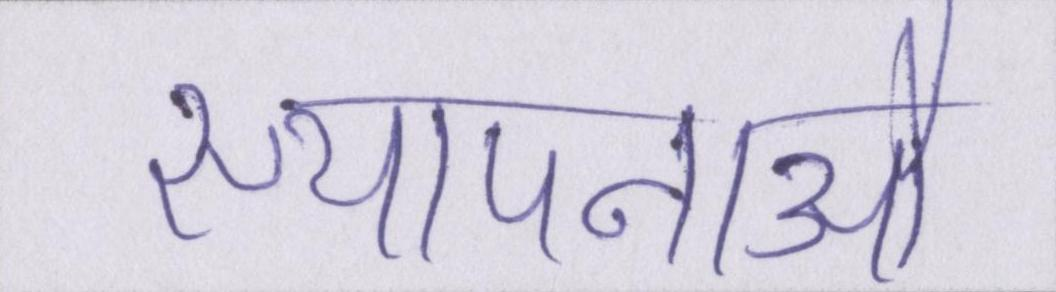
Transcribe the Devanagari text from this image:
स्थापनाओं